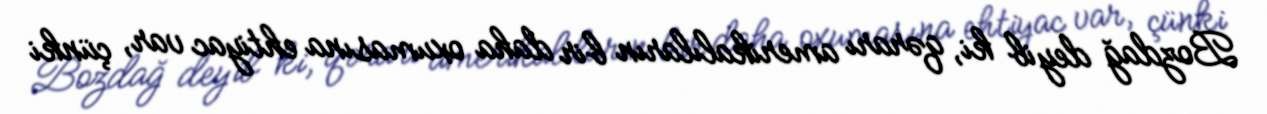
Bozdağ deyib ki, qərarı amerikalıların bir daha oxumasına ehtiyac var, çünki